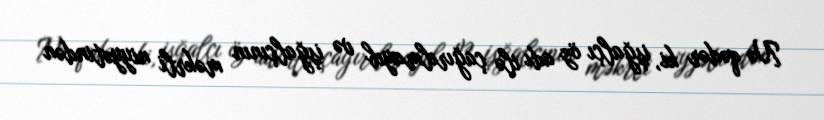
Nə qədər ki, işğalçı öz adı ilə çağırılmayıb və işğalçının məkrli niyyətindən